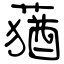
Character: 蕕